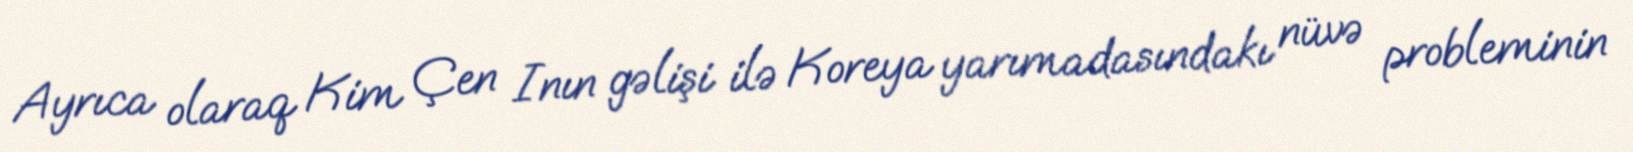
Ayrıca olaraq Kim Çen Inın gəlişi ilə Koreya yarımadasındakı nüvə probleminin